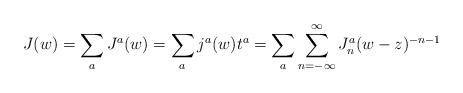
\begin{align*}J(w) = \sum_a J^a(w) = \sum_a j^a(w) t^a =\sum_a\sum_{n=-\infty}^{\infty}J_n^a (w-z)^{-n-1} \end{align*}